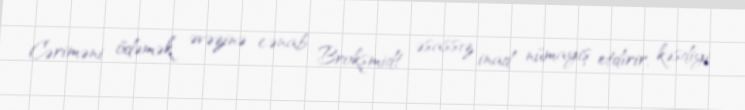
Cəriməni ödəmək əvəzinə cənab Brokşmidt əsassız inad nümayiş etdirir, kəsdiyi